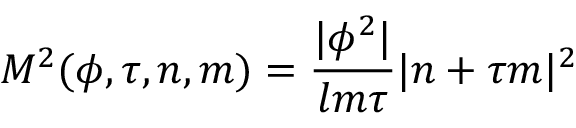
M ^ { 2 } ( \phi , \tau , n , m ) = \frac { | \phi ^ { 2 } | } { l m \tau } | n + \tau m | ^ { 2 }